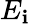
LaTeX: E_{\mathbf{i}}